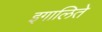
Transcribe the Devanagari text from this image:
इगालिते